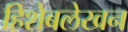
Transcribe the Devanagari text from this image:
हिशेबलेखन